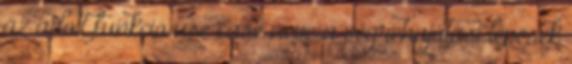
az adott funkció use case neve a végrehajátási lépések